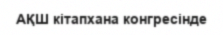
АҚШ кітапхана конгресінде